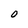
Character: 0